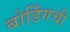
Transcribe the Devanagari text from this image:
बोर्डिंगची